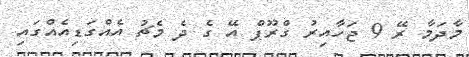
މާދަމާ ރޭ 9 ޖަހާއިރު ގްރޫޕް އޭ ގެ ދެ މެޗު އެއްގަޑިއެއްގައި